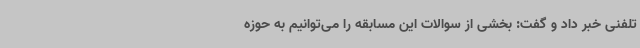
تلفنی خبر داد و گفت: بخشی از سوالات این مسابقه را می‌توانیم به حوزه